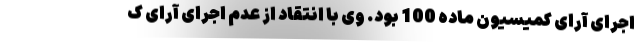
اجرای آرای کمیسیون ماده 100 بود. وی با انتقاد از عدم اجرای آرای ک